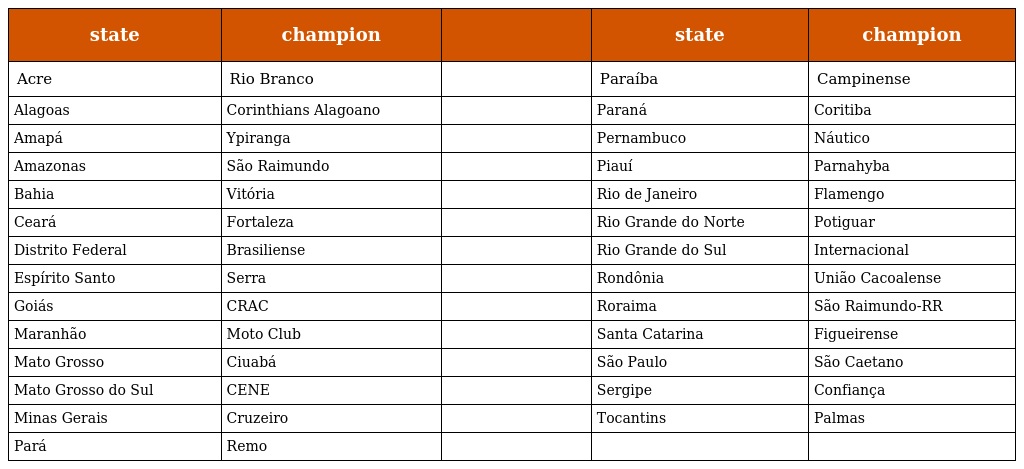
| state | champion |  | state | champion |
 | --- | --- | --- | --- | --- |
 | Acre | Rio Branco |  | Paraíba | Campinense |
 | Alagoas | Corinthians Alagoano |  | Paraná | Coritiba |
 | Amapá | Ypiranga |  | Pernambuco | Náutico |
 | Amazonas | São Raimundo |  | Piauí | Parnahyba |
 | Bahia | Vitória |  | Rio de Janeiro | Flamengo |
 | Ceará | Fortaleza |  | Rio Grande do Norte | Potiguar |
 | Distrito Federal | Brasiliense |  | Rio Grande do Sul | Internacional |
 | Espírito Santo | Serra |  | Rondônia | União Cacoalense |
 | Goiás | CRAC |  | Roraima | São Raimundo-RR |
 | Maranhão | Moto Club |  | Santa Catarina | Figueirense |
 | Mato Grosso | Ciuabá |  | São Paulo | São Caetano |
 | Mato Grosso do Sul | CENE |  | Sergipe | Confiança |
 | Minas Gerais | Cruzeiro |  | Tocantins | Palmas |
 | Pará | Remo |  |  |  |